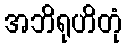
အဘိရုဟိတုံ